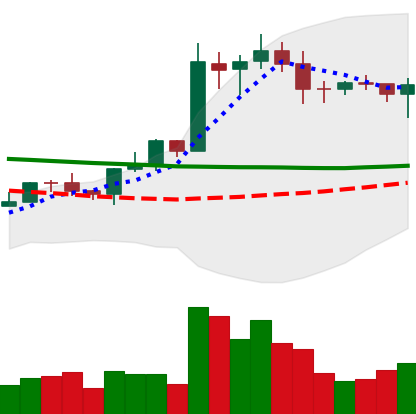
Ticker: EOS-USD
Chart end date: 2020-01-24
Forward return: 9.227%
Label: up_7plus